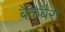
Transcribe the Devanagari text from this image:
बैकबैरो